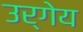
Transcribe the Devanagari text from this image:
उर्गेय